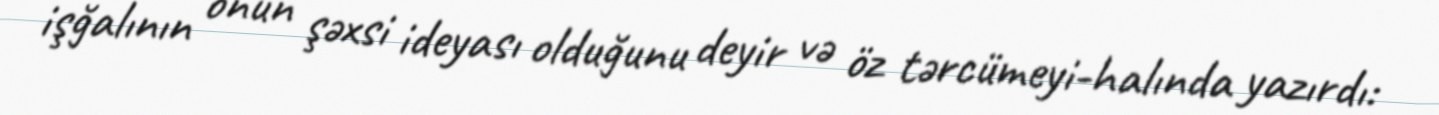
işğalının onun şəxsi ideyası olduğunu deyir və öz tərcümeyi-halında yazırdı: